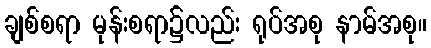
ချစ်စရာ မုန်းစရာ၌လည်း ရုပ်အစု နာမ်အစု။